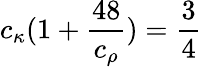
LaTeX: c_{\kappa}{(1+\frac{48}{c_{\rho}})}=\frac{3}{4}